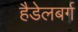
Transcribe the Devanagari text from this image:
हैडेलबर्ग